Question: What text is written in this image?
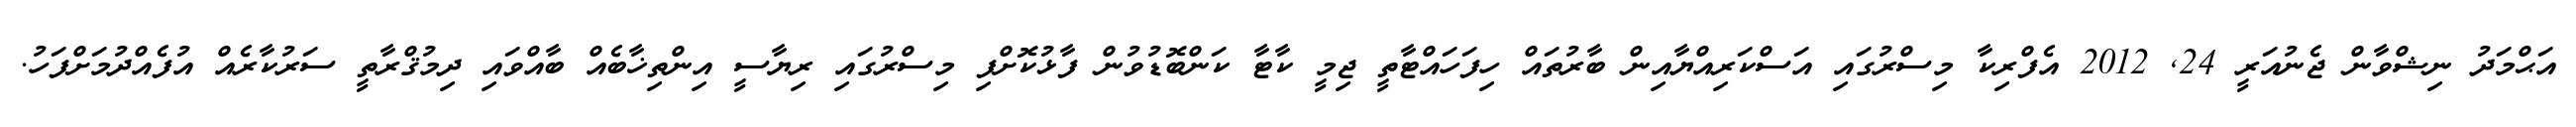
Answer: އަޙްމަދު ނިޝްވާން ޖެނުއަރީ 24, 2012 އެފްރިކާ މިސްރުގައި އަސްކަރިއްޔާއިން ބާރުތައް ހިފަހައްޓާތީ ޖިމީ ކާޓާ ކަންބޮޑުވުން ފާޅުކޮށްފި މިސްރުގައި ރިޔާސީ އިންތިޚާބެއް ބާއްވައި ދިމުޤްރާތީ ސަރުކާރެއް އުފެއްދުމަށްފަހު.